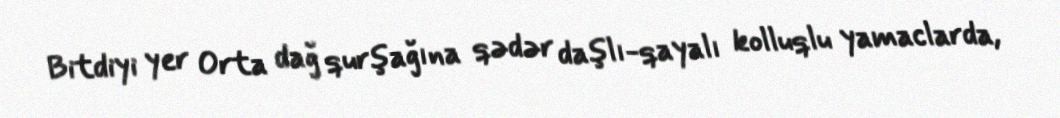
Bitdiyi yer Orta dağ qurşağına qədər daşlı-qayalı kolluqlu yamaclarda,